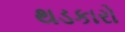
થડકારો